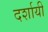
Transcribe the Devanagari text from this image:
दर्शायीं